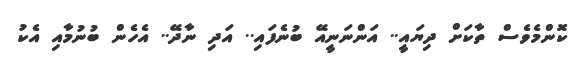
ކޮންމެވެސް ތާކަށް ދިޔައީ.. އަންނަނީއޭ ބުނެފައި.. އަދި ނާދޭ.. އެހެން ބުނުމާއި އެކު